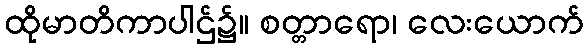
ထိုမာတိကာပါဌ်၌။ စတ္တာရော၊ လေးယောက်